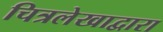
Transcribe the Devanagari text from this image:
चित्रलेखाद्वारा